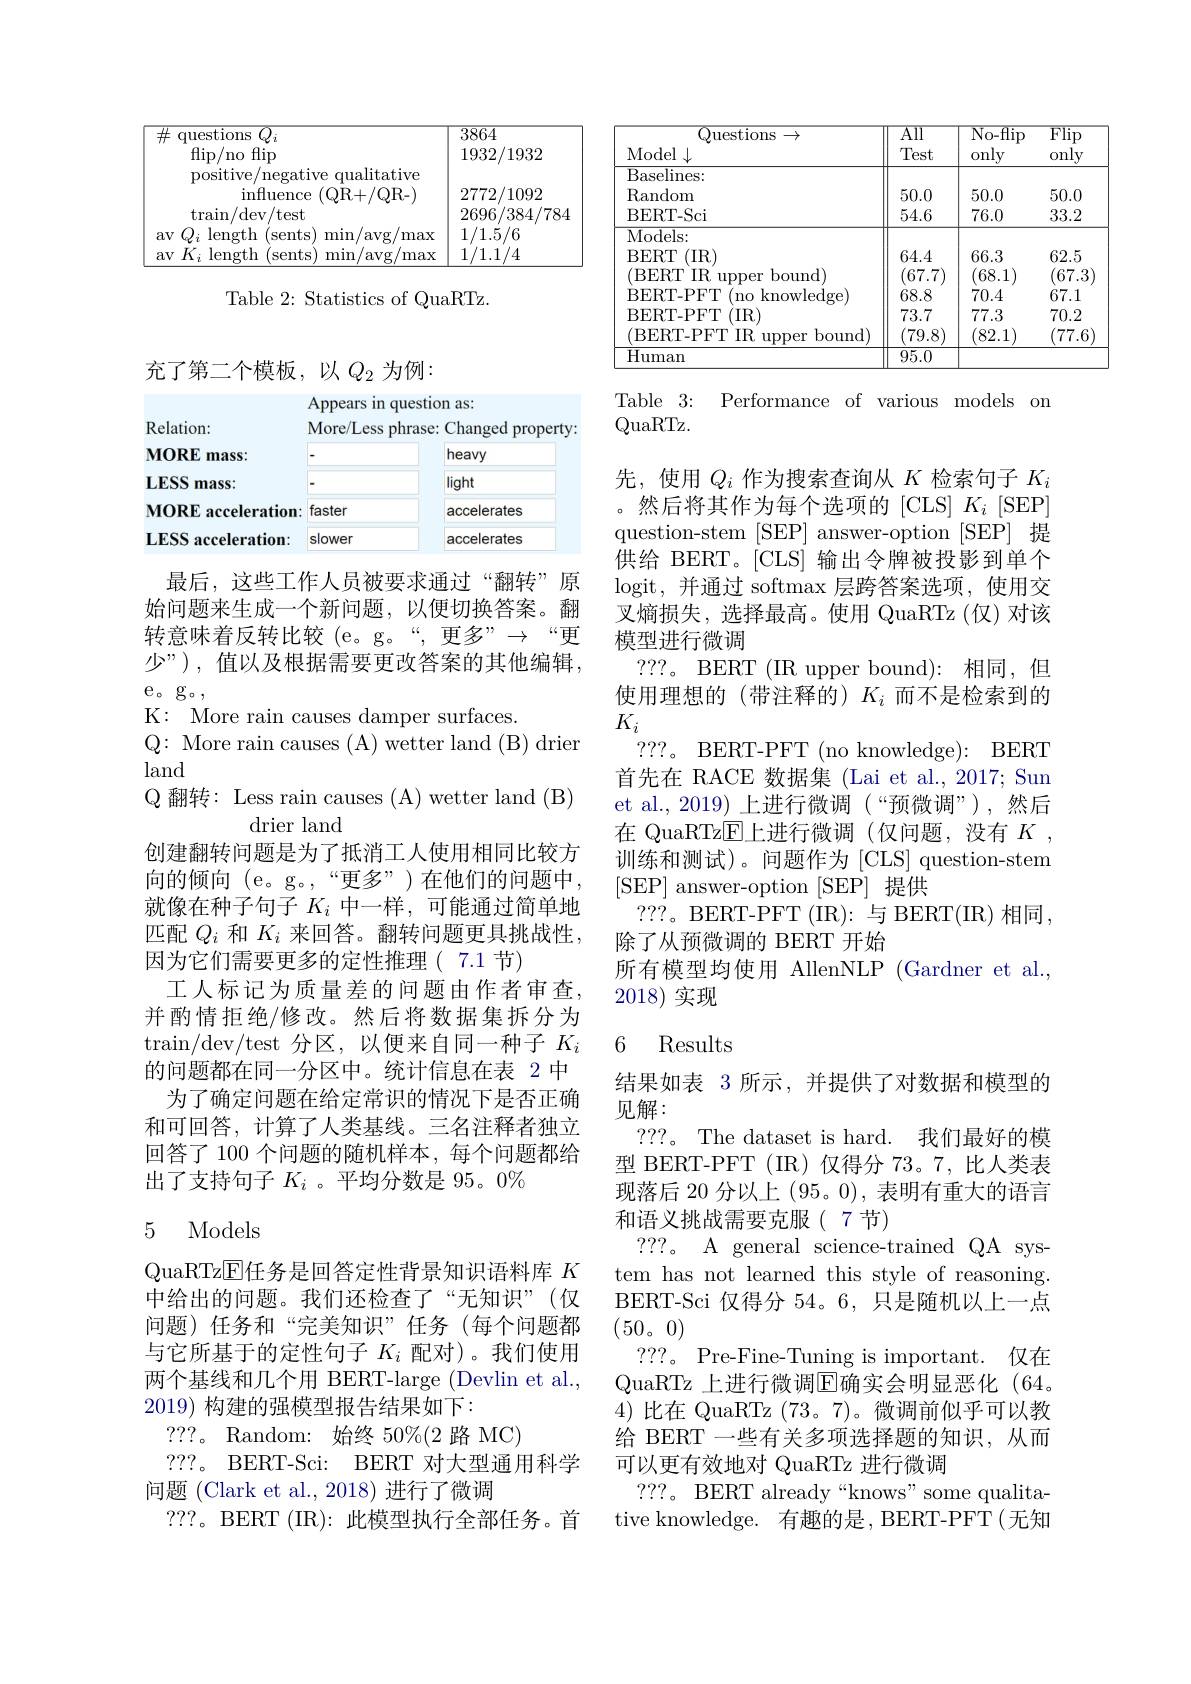
<table>
	<tbody>
		<tr>
			<td>questions $Q_{i}$ 井 $\operatorname*{flip/no}$fip positive/negative qualitative (QR+ / QR- ) $\operatorname{influence}$ ·</td>
			<td>$\overline{3864}$ 1932/1932 2772/ :/1092 1</td>
		</tr>
	</tbody>
</table>

Table 2: Statistics of QuaRTz.

充了第二个模板，以$Q_2$为例：

<table>
	<tbody>
		<tr>
			<th rowspan="3">Relation: MORE mass:</th>
			<th colspan="4">Appears ın questıon as: More/Less phrase: Changed d property</th>
		</tr>
		<tr>
			<th> </th>
			<th>heavy</th>
		</tr>
		<tr>
			<td>LESS mass:</td>
			<td> </td>
			<td>light</td>
		</tr>
		<tr>
			<td>MORE acceleration</td>
			<td>faster</td>
			<td>accelerates</td>
		</tr>
		<tr>
			<td>$LESS$ acceleration:</td>
			<td>slower</td>
			<td>accelerates</td>
		</tr>
	</tbody>
</table>

最后，这些工作人员被要求通过“翻转”原始问题来生成一个新问题，以便切换答案。翻转意味着反转比较(e。g。“,更多”$\rightarrow“更$ 少”),值以及根据需要更改答案的其他编辑， e。g。
K: More rain causes damper surfaces.
Q: More rain causes ( A) wetter land ( B) drier
land
Q 翻转：Less rain causes (A) wetter land (B)
drier land
创建翻转问题是为了抵消工人使用相同比较方向的倾向(e。g。,“更多”)在他们的问题中就像在种子句子$K_i$中一样，可能通过简单地匹配$Q_i$和$K_i$来回答。翻转问题更具挑战性， 因为它们需要更多的定性推理( 7.1 节)
工人标记为质量差的问题由作者审查， 并酌情拒绝/修改。然后将数据集拆分为$\tan/$dev/test 分区，以便来自同一种子$K_i$ 的问题都在同一分区中。统计信息在表 2 中
为了确定问题在给定常识的情况下是否正确和可回答，计算了人类基线。三名注释者独立回答了 100 个问题的随机样本，每个问题都给出了支持句子$K_i$ 。平均分数是 95。0%

### 5 Models

QuaRTz$\overline{\mathrm{E}}$任务是回答定性背景知识语料库 $K$ 中给出的问题。我们还检查了“无知识”(仅问题)任务和“完美知识”任务(每个问题都与它所基于的定性句子$K_i$配对)。我们使用两个基线和几个用 BERT-large (Devlin et al., 2019)构建的强模型报告结果如下：
???。Random: 始终 50%(2 路 MC)
???。BERT-Sci: BERT 对大型通用科学
问题 (Clark et al., 2018) 进行了微调
???。BERT (IR):此模型执行全部任务。首

<table>
	<tbody>
		<tr>
			<th>Questions - Model$\downarrow$</th>
			<th>$\overline{\mathrm{All}}$ Test</th>
			<th>$\overline{\mathrm{No-flip}}$ only</th>
			<th>$\overline{{\mathrm{Flip}}}$ only</th>
		</tr>
		<tr>
			<td>Baselines: Random BERT- Sci</td>
			<td>50.0 54.6</td>
			<td>50.0 76.0</td>
			<td>50.0 33.2</td>
		</tr>
		<tr>
			<td>RERT.PF nowledge)</td>
			<td> </td>
			<td>$f1$</td>
			<td> </td>
		</tr>
		<tr>
			<td>$\overline{{\mathrm{Human}}}$</td>
			<td>95.0</td>
			<td> </td>
			<td> </td>
		</tr>
	</tbody>
</table>

Table 3: Performance of various models on

QuaRTz.

先，使用$Q_i$作为搜索查询从$K$检索句子$K_i$ 。然后将其作为每个选项的 [CLS] $K_i$ [SEP] question-stem[ SEP] answer- option [ SEP] 提供给 BERT。[CLS] 输出令牌被投影到单个logit, 并通过 softmax 层跨答案选项，使用交叉熵损失，选择最高。使用 QuaRTz(仅)对该模型进行微调
???。BERT (IR upper bound): 相同，但使用理想的(带注释的)$K_i$而不是检索到的$K_{i}$
? ? ? 。BERT- PFT ( no knowledge) : BERT 首先在 RACE 数据集 (Lai et al., 2017; Sun et al.,2019) 上进行微调(“预微调”),然后在 QuaRTz$\overline{\mathrm{E}}$上进行微调(仅问题，没有 $K$, 训练和测试)。问题作为[CLS] question-stem [SEP] answer-option [SEP] 提供
? ? ? BERT-PFT(IR):与 BERT(IR)相同，
除了从预微调的 BERT 开始
所有模型均使用 AllenNLP (Gardner et al.
2018)实现

## 6 Results

结果如表 3 所示，并提供了对数据和模型的
见解：
???。The dataset is hard. 我们最好的模型 BERT-PFT (IR)仅得分 73。7,比人类表现落后 20 分以上 (95。0), 表明有重大的语言和语义挑战需要克服(7节)
???。A general science-trained QA system has not learned this style of reasoning. BERT-Sci 仅得分 54。6,只是随机以上一点(50。0)
???。Pre-Fine-Tuning is important.仅在QuaRTz 上进行微调$\overline{\mathrm{E}}$确实会明显恶化 (64。4)比在 QuaRTz (73。7)。微调前似乎可以教给 BERT 一些有关多项选择题的知识，从而可以更有效地对 QuaRTz 进行微调
???。BERT already“knows”some qualitative knowledge. 有趣的是，BERT-PFT(无知